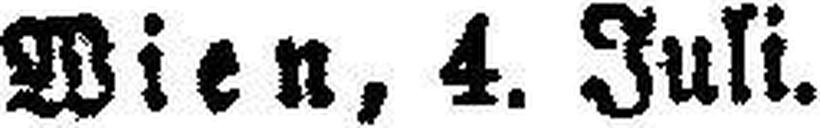
Wien, 4. Juli.